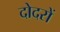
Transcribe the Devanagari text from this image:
दोदरों